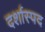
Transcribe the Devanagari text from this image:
दर्शास्पद